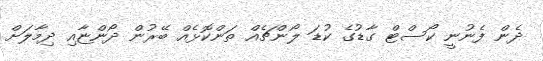
ދެން ފެނުނީ ކޯސްޓް ގާޑުގެ ކުޑަ ލޯންޗެއް ތަންކޮޅެއް ބޭރުން ދޯންޏާއި ދިމާލަށް